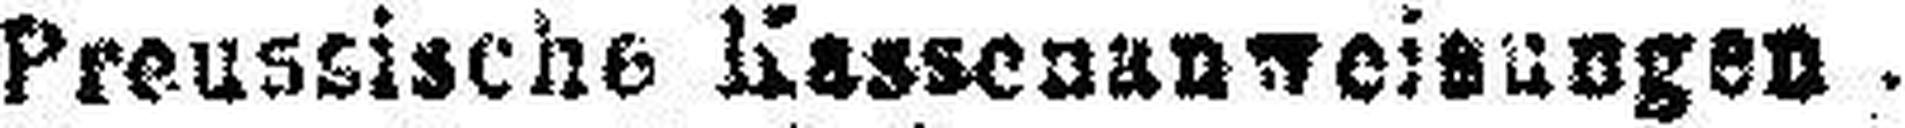
Preussische Kassenanweisungen